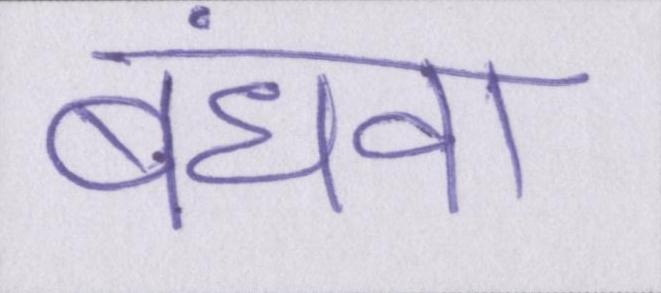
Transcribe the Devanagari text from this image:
बंधवा